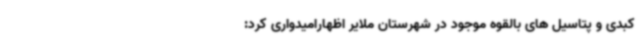
کبدی و پتاسیل های بالقوه موجود در شهرستان ملایر اظهارامیدواری کرد: